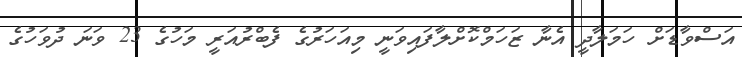
އަސްވާޑަށް ހަމަލާދީ އެނާ ޒަހަމްކޮށްލާފައިވަނީ މިއަހަރުގެ ފެބްރުއަރީ މަހުގެ 23 ވަނަ ދުވަހުގެ